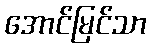
အောင်မြင်သာ